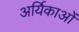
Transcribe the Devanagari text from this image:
अर्यिकाओं